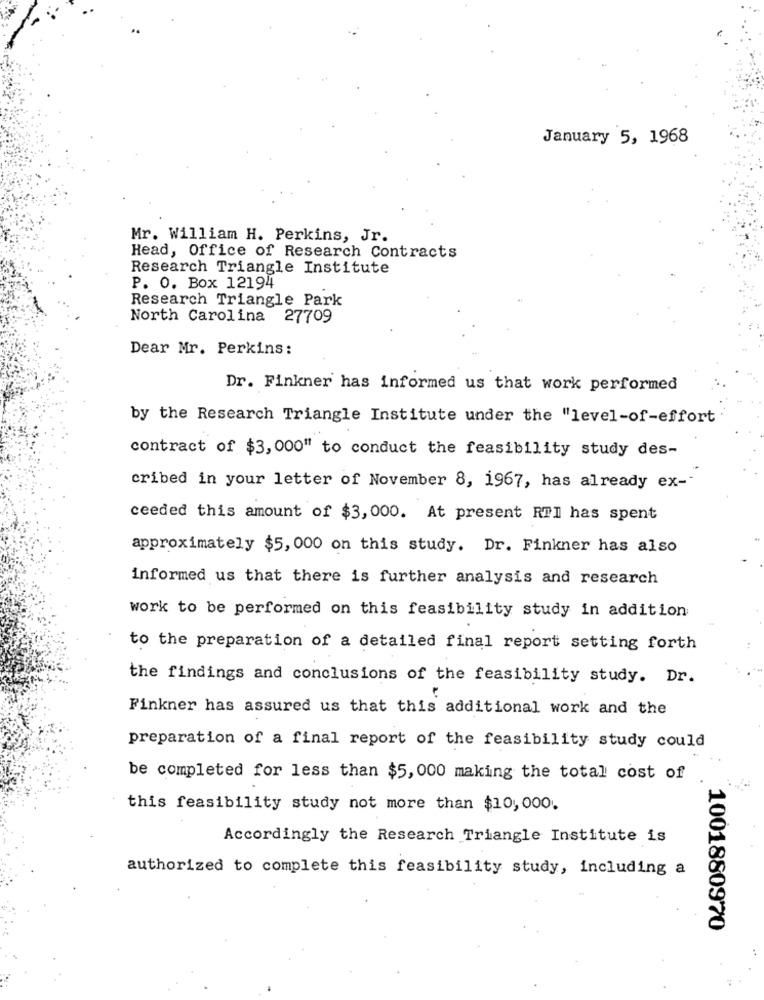
January 5, 1968
Mr. William H. Perkins, Jr.
Head, Office of Research Contracts
Research Triangle Institute
P. O. Box 12194
Research Triangle Park
North Carolina 27709
Dear Mr. Perkins:
Dr. Finkner has informed us that work performed
by the Research Triangle Institute under the "level-of-effort
contract of $3,000" to conduct the feasibility study des-
cribed in your letter of November 8, 1967, has already ex --
ceeded this amount of $3, 000. At present RTI has spent
approximately $5, 000 on this study. Dr. Finkner has also
informed us that there is further analysis and research
work to be performed on this feasibility study in addition
to the preparation of a detailed final report setting forth
the findings and conclusions of the feasibility study. Dr.
Finkner has assured us that this additional work and the
preparation of a final report of the feasibility study could
be completed for less than $5, 000 making the total cost of
this feasibility study not more than $10,000.
Accordingly the Research Triangle Institute is
authorized to complete this feasibility study, including a
1001880970